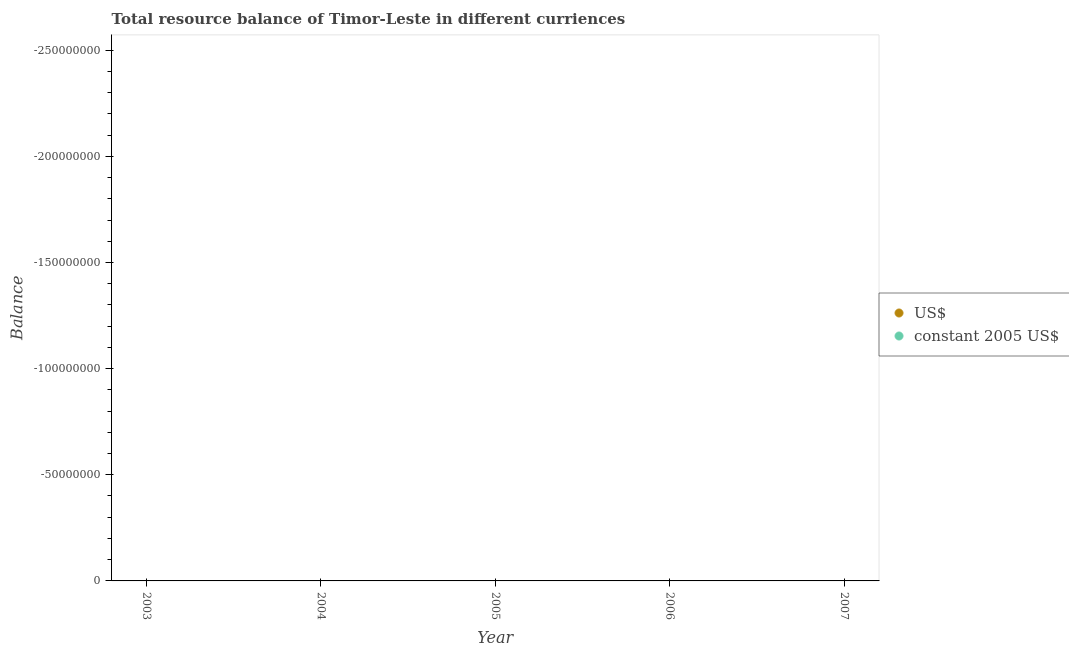
| Year | US$ | constant 2005 US$ |
 | --- | --- | --- |
 | 2003 | -5.89e+08 | -5.89e+08 |
 | 2004 | -4.02e+08 | -4.02e+08 |
 | 2005 | -2.73e+08 | -2.73e+08 |
 | 2006 | -3.63e+08 | -3.63e+08 |
 | 2007 | -5.86e+08 | -5.86e+08 |